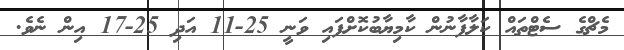
މެޗްގެ ސެޓްތައް ކަލާފާނުން ކާމިޔާބުކޮށްފައި ވަނީ 25-11 އަދި 25-17 އިން ނެވެ.